Regulations for the medical services of the Army of India
Year: 1930
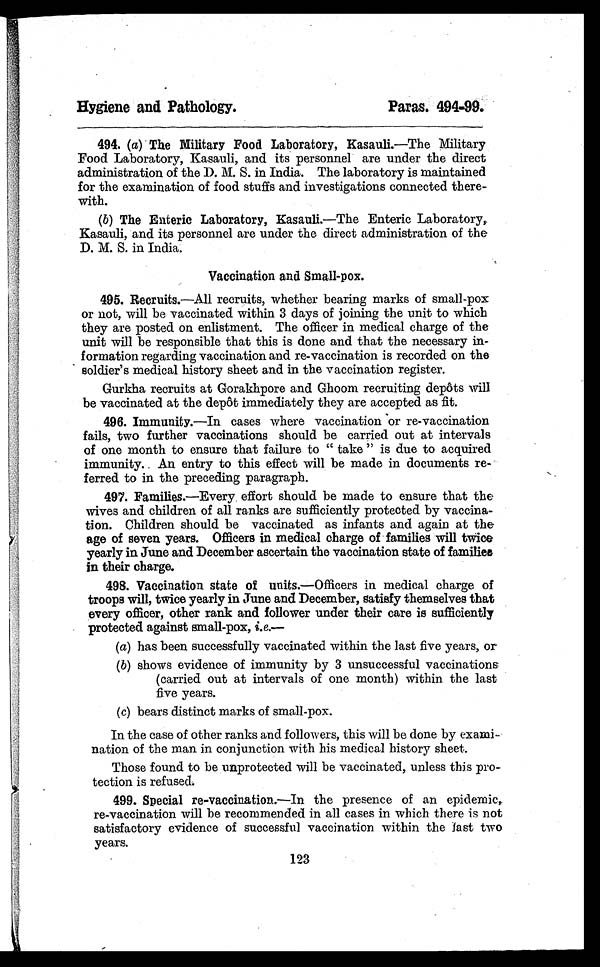
Hygiene and Pathology.
Paras. 494-99.
494. (a) The Military Food Laboratory, Kasauli.—The Military
Food Laboratory, Kasauli, and its personnel are under the direct
administration of the D. M. S. in India. The laboratory is maintained
for the examination of food stuffs and investigations connected there-
with.
(b) The Enteric Laboratory, Kasauli. —The Enteric Laboratory,
Kasauli, and its personnel are under the direct administration of the
D. M. S. in India.
Vaccination and Small-pox.
495. Recruits.—All recruits, whether bearing marks of small-pox
or not, will be vaccinated within 3 days of joining the unit to which
they are posted on enlistment. The officer in medical charge of the
unit will be responsible that this is done and that the necessary in-
formation regarding vaccination and re-vaccination is recorded on the
soldier's medical history sheet and in the vaccination register.
Gurkha recruits at Gorakhpore and Ghoom recruiting depôts will
be vaccinated at the depôt immediately they are accepted as fit.
496. Immunity.—In cases where vaccination or re-vaccination
fails, two further vaccinations should be carried out at intervals
of one month to ensure that failure to "take" is due to acquired
immunity. An entry to this effect will be made in documents re-
ferred to in the preceding paragraph.
497. Families. —Every effort should be made to ensure that the
wives and children of all ranks are sufficiently protected by vaccina-
tion. Children should be vaccinated as infants and again at the
age of seven years. Officers in medical charge of families will twice
yearly in June and December ascertain the vaccination state of families
in their charge.
498. Vaccination state of units.—Officers in medical charge of
troops will, twice yearly in June and December, satisfy themselves that
every officer, other rank and follower under their care is sufficiently
protected against small-pox, i.e.—
(a) has been successfully vaccinated within the last five years, or
(b) shows evidence of immunity by 3 unsuccessful vaccinations
(carried out at intervals of one month) within the last
five years.
(c) bears distinct marks of small-pox.
In the case of other ranks and followers, this will be done by exami-
nation of the man in conjunction with his medical history sheet.
Those found to be unprotected will be vaccinated, unless this pro-
tection is refused.
499. Special re-vaccination.—In the presence of an epidemic,
re-vaccination will be recommended in all cases in which there is not
satisfactory evidence of successful vaccination within the last two
years.
123